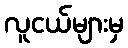
လူငယ်များမှ